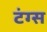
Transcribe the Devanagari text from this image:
टंग्स